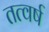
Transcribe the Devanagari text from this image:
तत्वर्ष